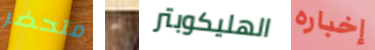
متحضر به الهليكوبتر إخباره